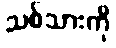
သစ်သားကို